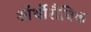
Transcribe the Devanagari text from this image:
ऑर्थोरौबिक